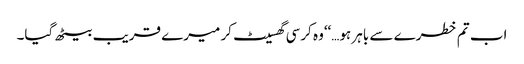
اب تم خطرے سے باہر ہو…‘‘وہ کرسی گھسیٹ کر میرے قریب بیٹھ گیا۔